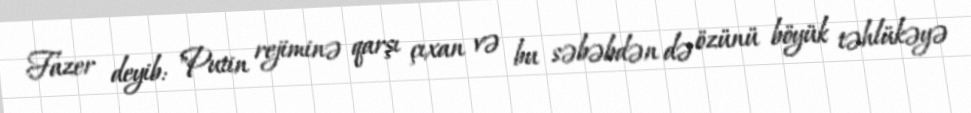
Fazer deyib: "Putin rejiminə qarşı çıxan və bu səbəbdən də özünü böyük təhlükəyə